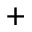
^ +